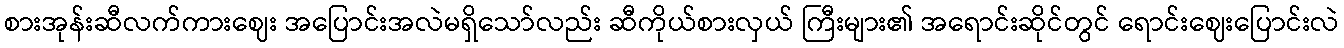
စားအုန်းဆီလက်ကားဈေး အပြောင်းအလဲမရှိသော်လည်း ဆီကိုယ်စားလှယ် ကြီးများ၏ အရောင်းဆိုင်တွင် ရောင်းဈေးပြောင်းလဲ